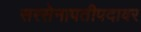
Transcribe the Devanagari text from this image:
सरसेनापतीपदावर